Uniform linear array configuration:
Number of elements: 64
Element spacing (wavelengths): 0.25
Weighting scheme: hann
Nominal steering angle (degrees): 60
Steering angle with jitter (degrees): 59.644
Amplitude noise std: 0.05
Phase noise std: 0.05

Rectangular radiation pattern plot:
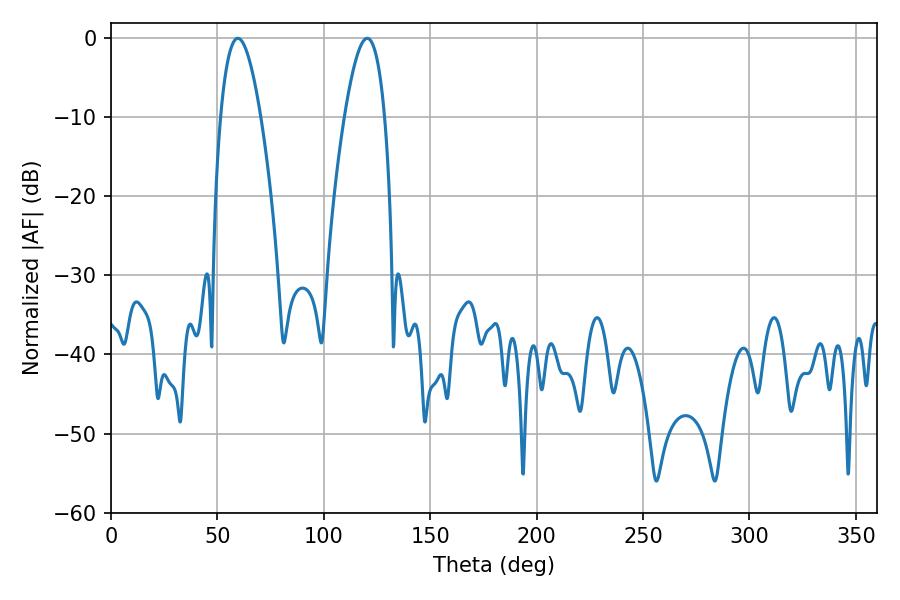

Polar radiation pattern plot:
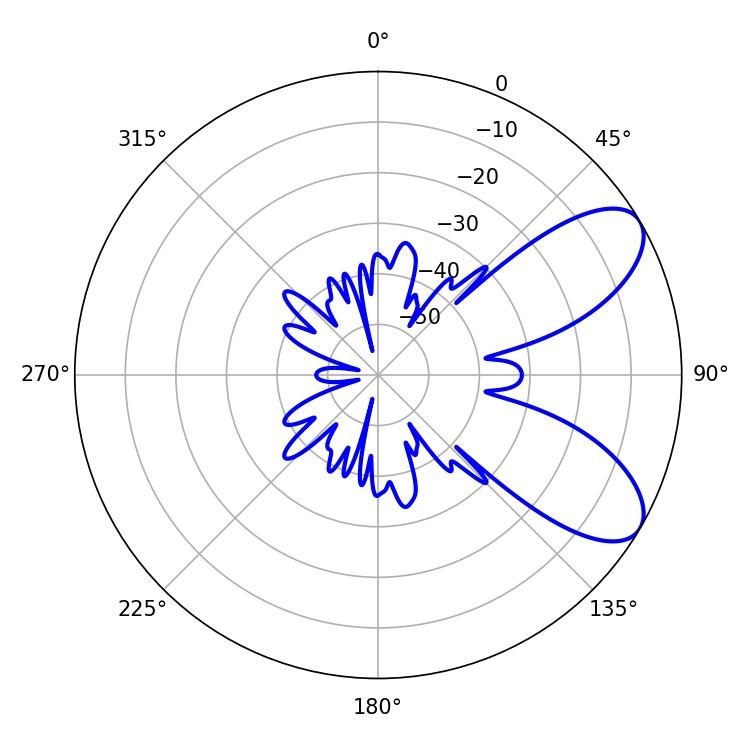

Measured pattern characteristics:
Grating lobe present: FALSE
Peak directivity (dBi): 7.738
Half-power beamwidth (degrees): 10.26
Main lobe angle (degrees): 59.58